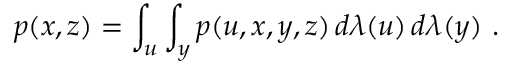
p ( x , z ) = \int _ { u } \int _ { y } p ( u , x , y , z ) \, d \lambda ( u ) \, d \lambda ( y ) \mathrm { ~ . ~ }